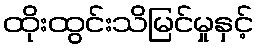
ထိုးထွင်းသိမြင်မှုနှင့်